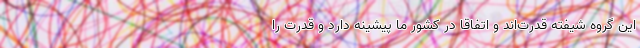
این گروه شیفته قدرت‌اند و اتفاقا در کشور ما پیشینه دارد و قدرت را